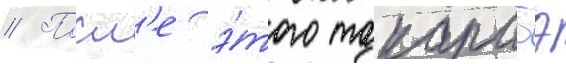
// Посл'е э́того такарабэ